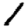
Digit: 1